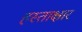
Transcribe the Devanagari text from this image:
हस्ताक्षार